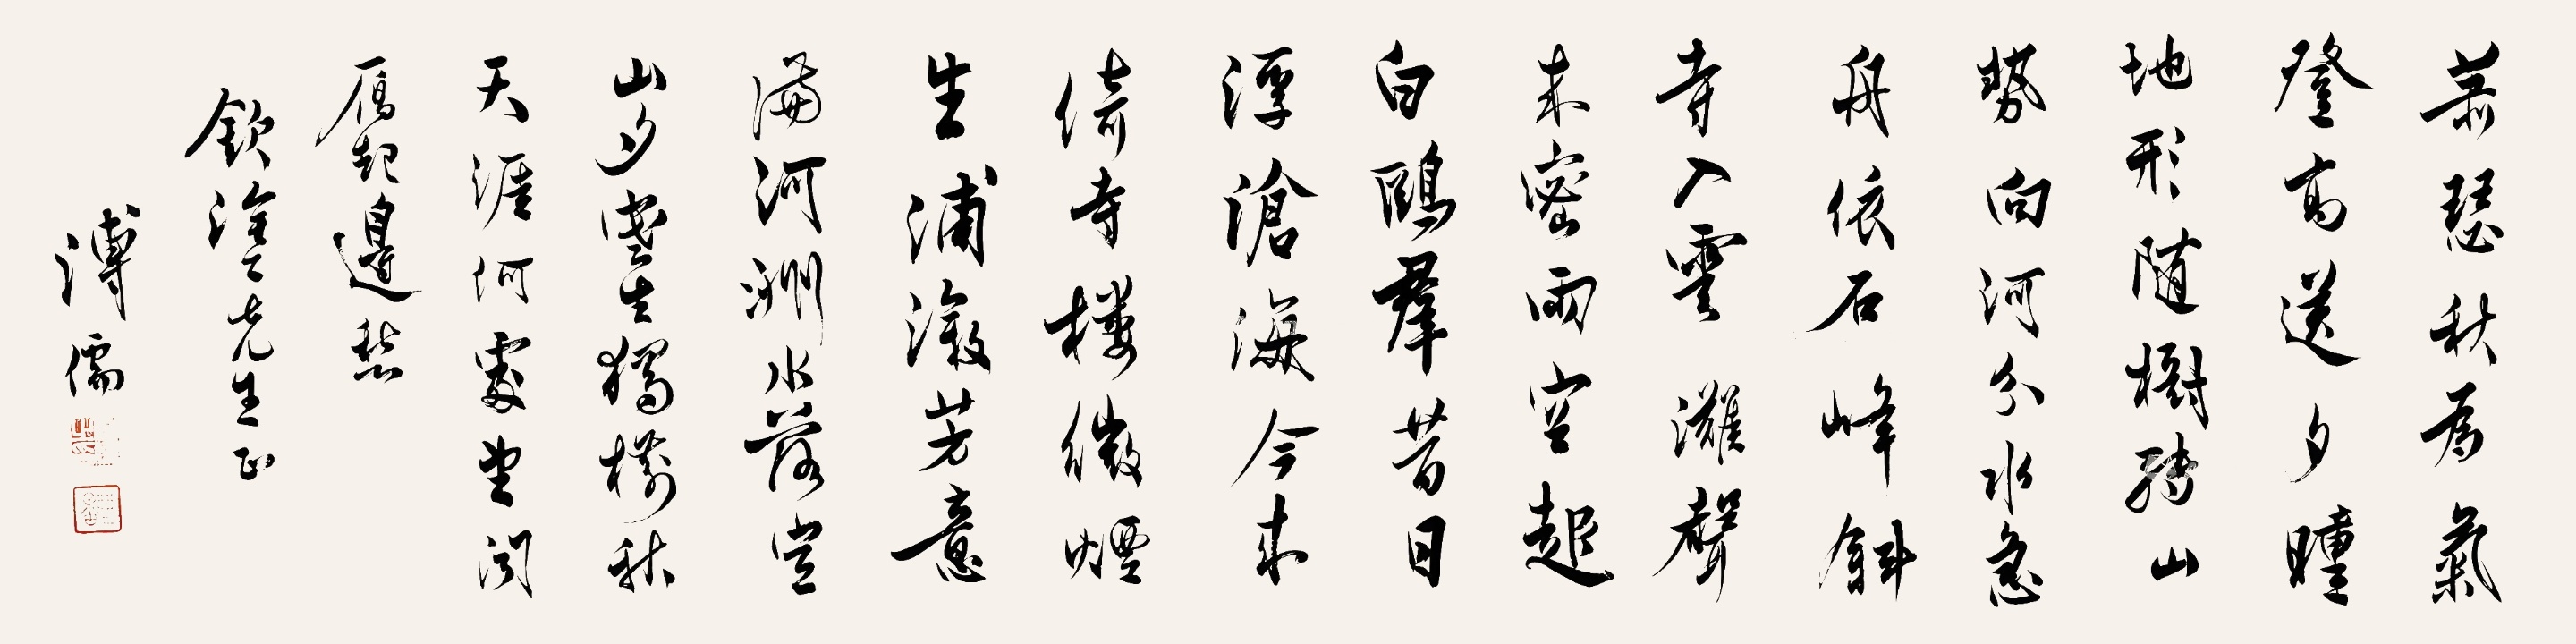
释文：萧瑟秋为气，登高送夕曛。地形随树转，山势向河分。水急舟依石，峰斜寺入云。滩声夹密雨，空起白鸥群。昔日浮沧海，今来倚寺楼。微烟生浦溆，芳意满河洲。水落空山夕，寒生独树秋。天涯何处望，闻雁起边愁。钦涂先生正，溥儒。